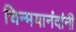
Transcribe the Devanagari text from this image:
चिन्मयानंदांनी